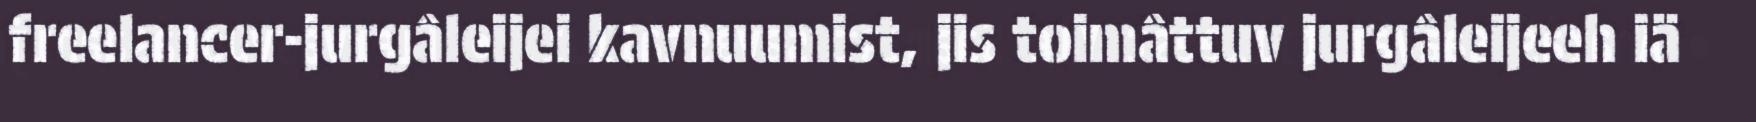
freelancer-jurgâleijei kavnuumist, jis toimâttuv jurgâleijeeh iä